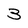
Character: 3